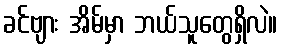
ခင်ဗျား အိမ်မှာ ဘယ်သူတွေရှိလဲ။